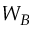
W _ { B }